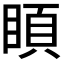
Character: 𥈗